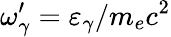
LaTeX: \omega_{\gamma}^{\prime}=\varepsilon_{\gamma}/m_{e}c^{2}